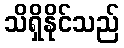
သိရှိနိုင်သည်